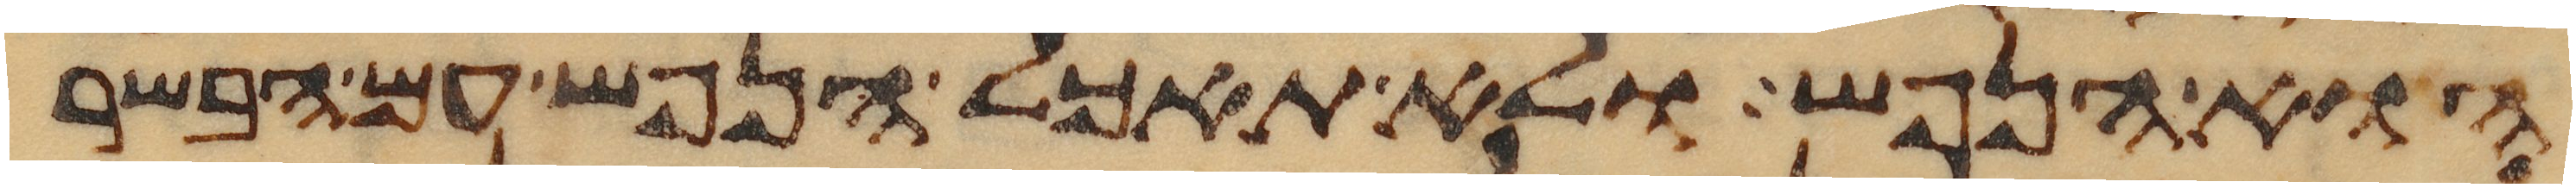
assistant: הוא הנפש ולא תאכל הנפש עם הבשר